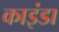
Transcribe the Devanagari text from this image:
काइंडा